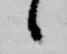
候